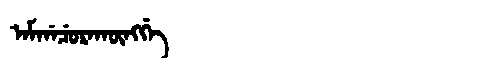
Manchu: ᠠᠮᡤᠠᠴᡠᡵᠠᡴᡡᠩᡤᡝ
Romanization: AMGACURAKŪNGGE